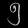
Digit: ၅